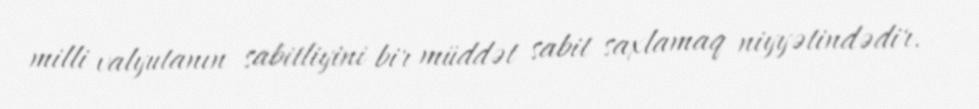
milli valyutanın sabitliyini bir müddət sabit saxlamaq niyyətindədir.